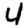
Digit: 4